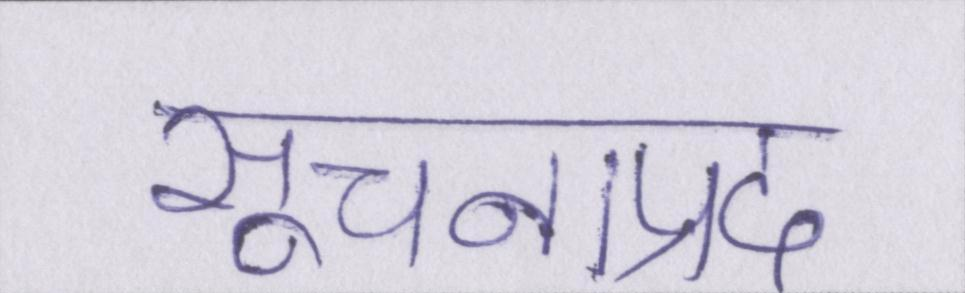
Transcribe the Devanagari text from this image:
सूचनाप्रद